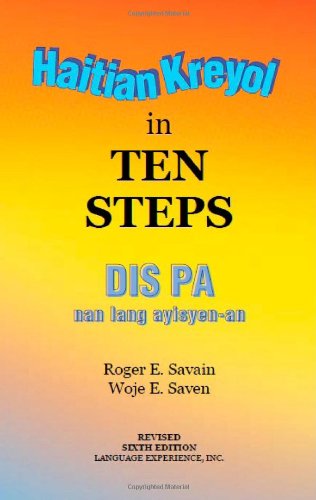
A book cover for Haitian Kreyol in Ten Steps; Roger E Savain; Travel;